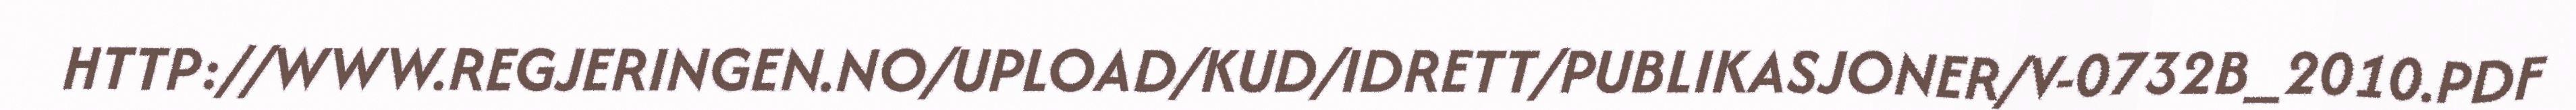
HTTP://WWW.REGJERINGEN.NO/UPLOAD/KUD/IDRETT/PUBLIKASJONER/V-0732B_2010.PDF